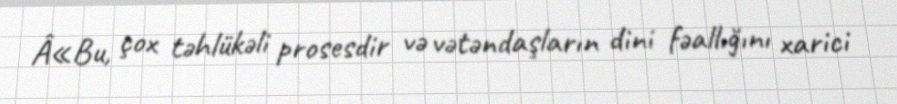
Â«Bu, çox təhlükəli prosesdir və vətəndaşların dini fəallığını xarici